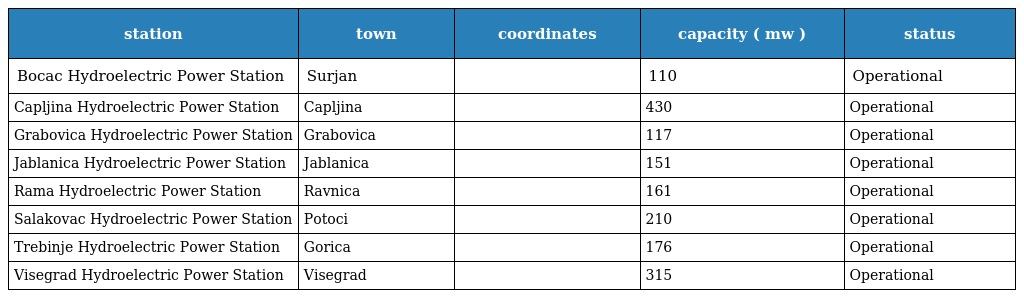
| station | town | coordinates | capacity ( mw ) | status |
 | --- | --- | --- | --- | --- |
 | Bocac Hydroelectric Power Station | Surjan |  | 110 | Operational |
 | Capljina Hydroelectric Power Station | Capljina |  | 430 | Operational |
 | Grabovica Hydroelectric Power Station | Grabovica |  | 117 | Operational |
 | Jablanica Hydroelectric Power Station | Jablanica |  | 151 | Operational |
 | Rama Hydroelectric Power Station | Ravnica |  | 161 | Operational |
 | Salakovac Hydroelectric Power Station | Potoci |  | 210 | Operational |
 | Trebinje Hydroelectric Power Station | Gorica |  | 176 | Operational |
 | Visegrad Hydroelectric Power Station | Visegrad |  | 315 | Operational |